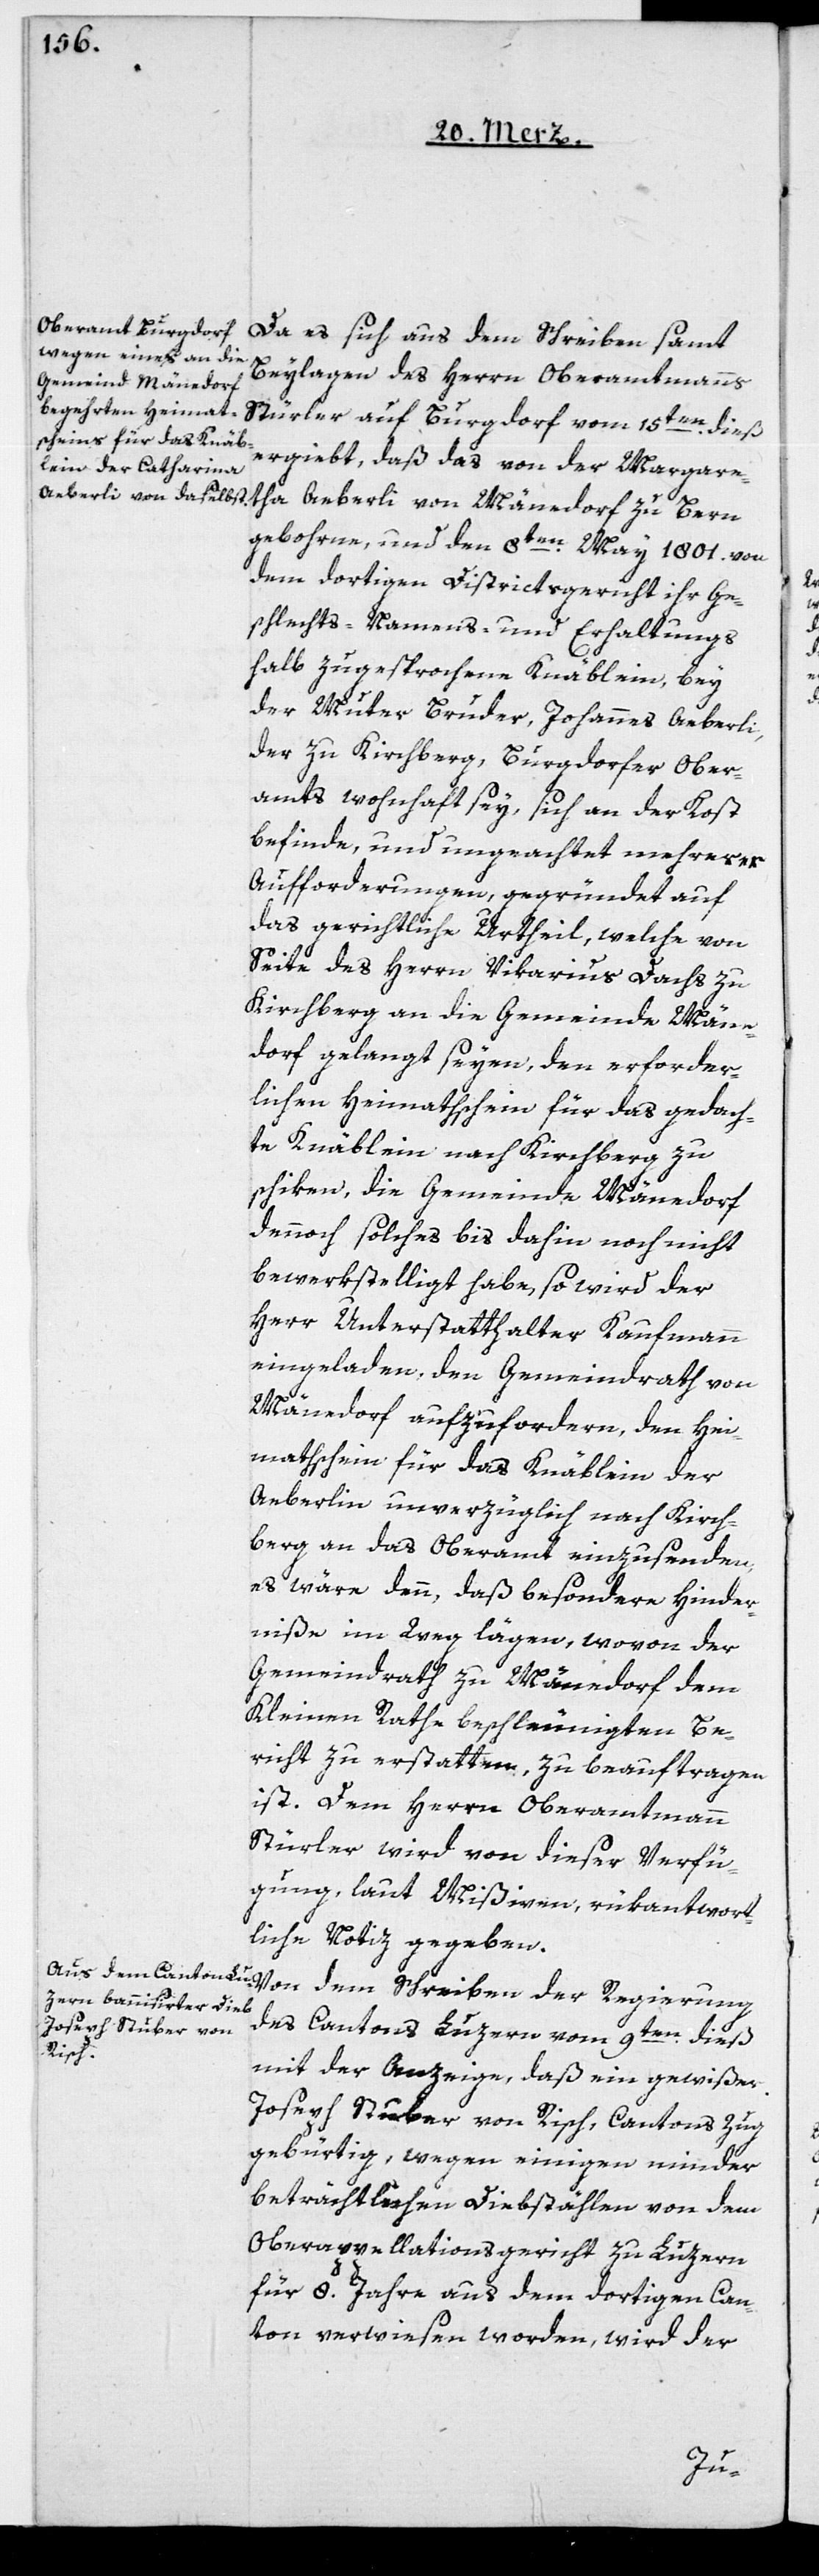
Da es sich aus dem Schreiben samt
Beylagen des Herrn Oberamtmanns
Stürler auf Burgdorf vom 15ten dieß
ergiebt, daß das von der Margaretha
gebohrne, und den 8ten May 1801. von
dem dortigen Districtsgericht ihr Ge¬
schlechts- Namens- und Erhaltungs¬
halb zugesprochene Knäblein, bey
der Mutter Bruder, Johannes Aeberli,
der zu Kirchberg, Burgdorfer Ober¬
amts wohnhaft sey, sich an der Kost
befinde, und ungeachtet mehrerer
Aufforderungen, gegründet auf
das gerichtliche Urtheil, welche von
Seite des Herrn Vikarius Dachs zu
Kirchberg an die Gemeinde Männe¬
dorf gelangt seyen, den erforder¬
lichen Heimathschein für das gedach¬
te Knäblein nach Kirchberg zu
schiken, die Gemeinde Männedorf
dennoch solches bis dahin noch nicht
bewerkstelligt habe, so wird der
Herr Unterstatthalter Kaufmann
eingeladen, den Gemeindrath von
Männedorf aufzufordern, den Hei¬
mathschein für das Knäblein der
Aeberlin unverzüglich nach Kirch¬
berg an das Oberamt einzusenden,
es wäre denn, daß besondere Hinder¬
niße im Wege lägen, wovon der
Gemeindrath zu Männedorf dem
Kleinen Rathe beschleunigten Be¬
richt zu erstatten, zu beauftragen
ist. Dem Herrn Oberamtmann
Stürler wird von dieser Verfü¬
gung, laut Mißiven, rükantwort¬
liche Notiz gegeben.
Von dem Schreiben der Regierung
des Cantons Luzern vom 9ten dieß
mit der Anzeige, daß ein gewißer
Joseph Stuber von Risch, Cantons Zug
gebürtig, wegen einigen minder
beträchtlichen Diebstählen von dem
Oberappellationsgericht zu Luzern
für 8. Jahre aus dem dortigen Can¬
ton verwiesen worden, wird der